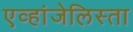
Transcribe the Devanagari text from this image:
एव्हांजेलिस्ता